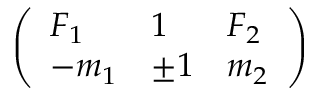
\left( \begin{array} { l l l } { F _ { 1 } } & { 1 } & { F _ { 2 } } \\ { - m _ { 1 } } & { \pm 1 } & { m _ { 2 } } \end{array} \right)